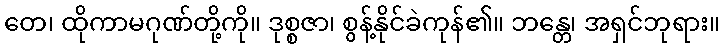
တေ၊ ထိုကာမဂုဏ်တို့ကို။ ဒုစ္စဇာ၊ စွန့်နိုင်ခဲကုန်၏။ ဘန္တေ၊ အရှင်ဘုရား။